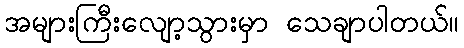
အများကြီးလျော့သွားမှာ သေချာပါတယ်။